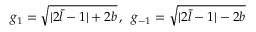
g _ { 1 } = \sqrt { | 2 \bar { l } - 1 | + 2 b } \, , \; \, g _ { - 1 } = \sqrt { | 2 \bar { l } - 1 | - 2 b }